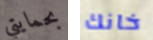
بحمايتي خانك